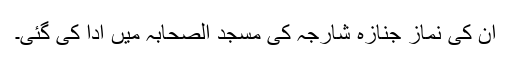
ان کی نماز جنازہ شارجہ کی مسجد الصحابہ میں ادا کی گئی۔